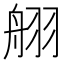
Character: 䎇